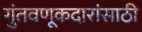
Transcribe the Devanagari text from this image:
गुंतवणूकदारांसाठी